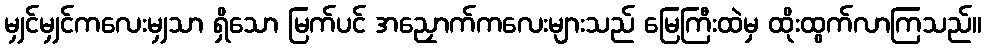
မျှင်မျှင်ကလေးမျှသာ ရှိသော မြက်ပင် အညှောက်ကလေးများသည် မြေကြီးထဲမှ ထိုးထွက်လာကြသည်။